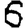
Digit: 6